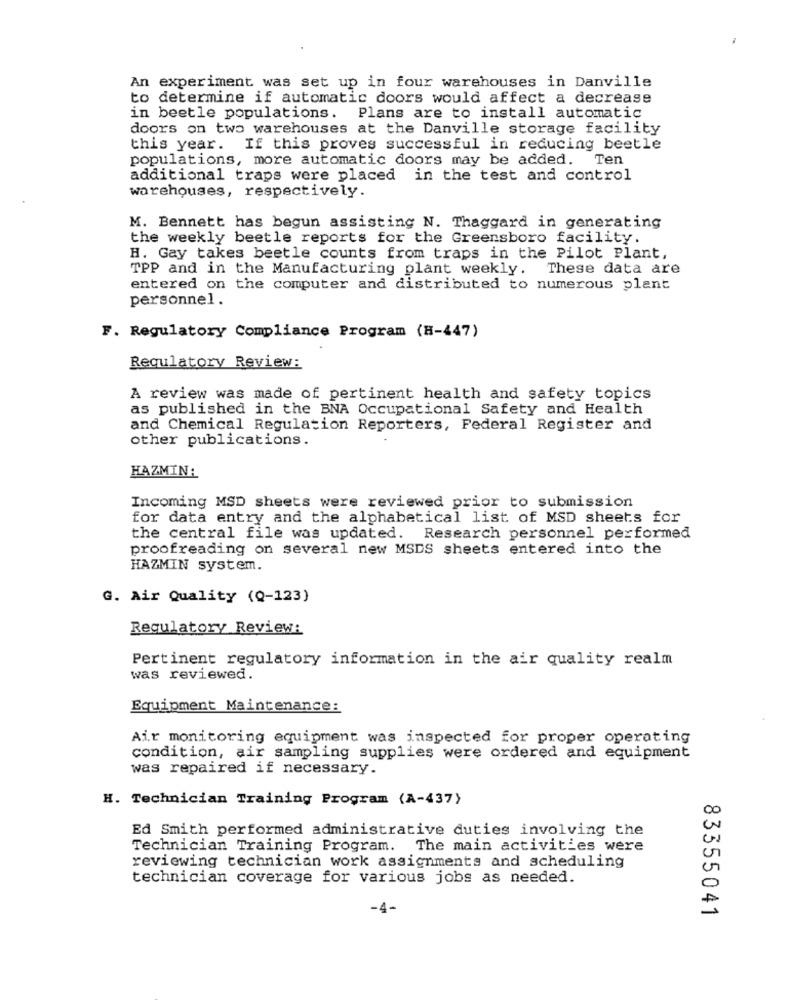
An experiment was set up in four warehouses in Danville
to determine if automatic doors would affect a decrease
in beetle populations.
Plans are to install automatic
doors on two warehouses at the Danville storage facility
this year. If this proves successful in reducing beetle
populations, more automatic doors may be added. Ten
additional traps were placed in the test and control
warehouses, respectively.
M. Bennett has begun assisting N. Thaggard in generating
the weekly beetle reports for the Greensboro facility.
H. Gay takes beetle counts from traps in the Pilot Plant,
TPP and in the Manufacturing plant weekly. These data are
entered on the computer and distributed to numerous plant
personnel .
F. Regulatory Compliance Program (H-447)
Regulatory Review:
A review was made of pertinent health and safety topics
as published in the BNA Occupational Safety and Health
and Chemical Regulation Reporters, Federal Register and
other publications.
HAZMIN:
Incoming MSD sheets were reviewed prior to submission
for data entry and the alphabetical list of MSD sheets for
the central file was updated. Research personnel performed
proofreading on several new MSDS sheets entered into the
HAZMIN system.
G. Air Quality (Q-123)
Regulatory Review:
Pertinent regulatory information in the air quality realm
was reviewed.
Equipment Maintenance:
Air monitoring equipment was inspected for proper operating
condition, air sampling supplies were ordered and equipment
was repaired if necessary.
H. Technician Training Program (A-437)
Ed Smith performed administrative duties involving the
Technician Training Program.
The main activities were
reviewing technician work assignments and scheduling
technician coverage for various jobs as needed.
-4-
83355041